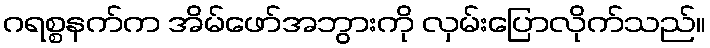
ဂရစ္စနက်က အိမ်ဖော်အဘွားကို လှမ်းပြောလိုက်သည်။